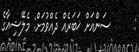
:      ސަންއަށް ޚަބަރެއް ދެއްވުމަށް: މެލޭޝިއާގެ